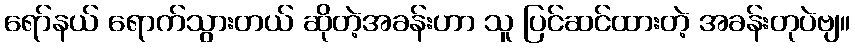
ရော်နယ် ရောက်သွားတယ် ဆိုတဲ့အခန်းဟာ သူ ပြင်ဆင်ထားတဲ့ အခန်းတုပဲဗျ။